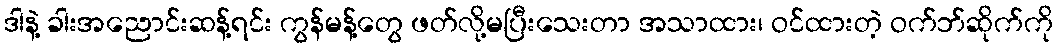
ဒါနဲ့ ခါးအညောင်းဆန့်ရင်း ကွန်မန့်တွေ ဖတ်လို့မပြီးသေးတာ အသာထား၊ ဝင်ထားတဲ့ ဝက်ဘ်ဆိုက်ကို